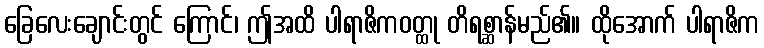
ခြေလေးချောင်းတွင် ကြောင်၊ ဤအထိ ပါရာဇိကဝတ္ထု တိရစ္ဆာန်မည်၏။ ထိုအောက် ပါရာဇိက